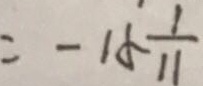
= - 1 5 \frac { 1 } { 1 1 }